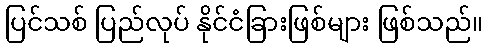
ပြင်သစ် ပြည်လုပ် နိုင်ငံခြားဖြစ်များ ဖြစ်သည်။